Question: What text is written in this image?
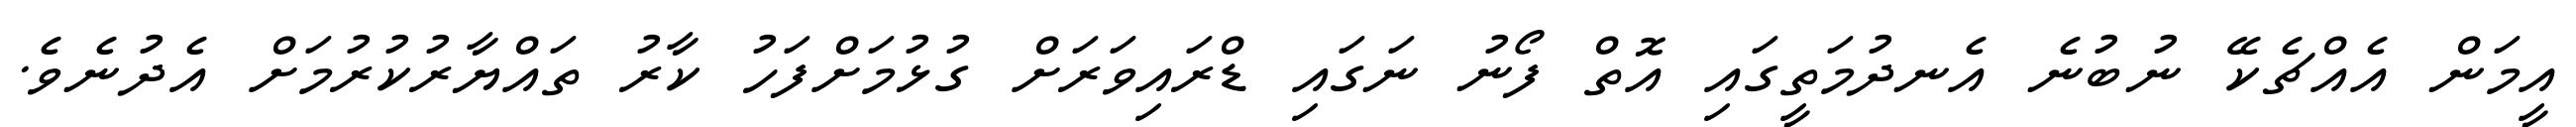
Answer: އީމަން އެއްޗެކޭ ނުބުނެ އެނދުމަތީގައި އޮތް ފޯނު ނަގައި ޑްރައިވަރަށް ގުޅުމަށްފަހު ކާރު ތައްޔާރުކުރުމަށް އެދުނެވެ.